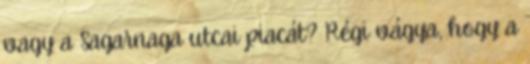
vagy a Sagarnaga utcai piacát? Régi vágya, hogy a